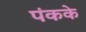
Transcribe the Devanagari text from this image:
पंकके